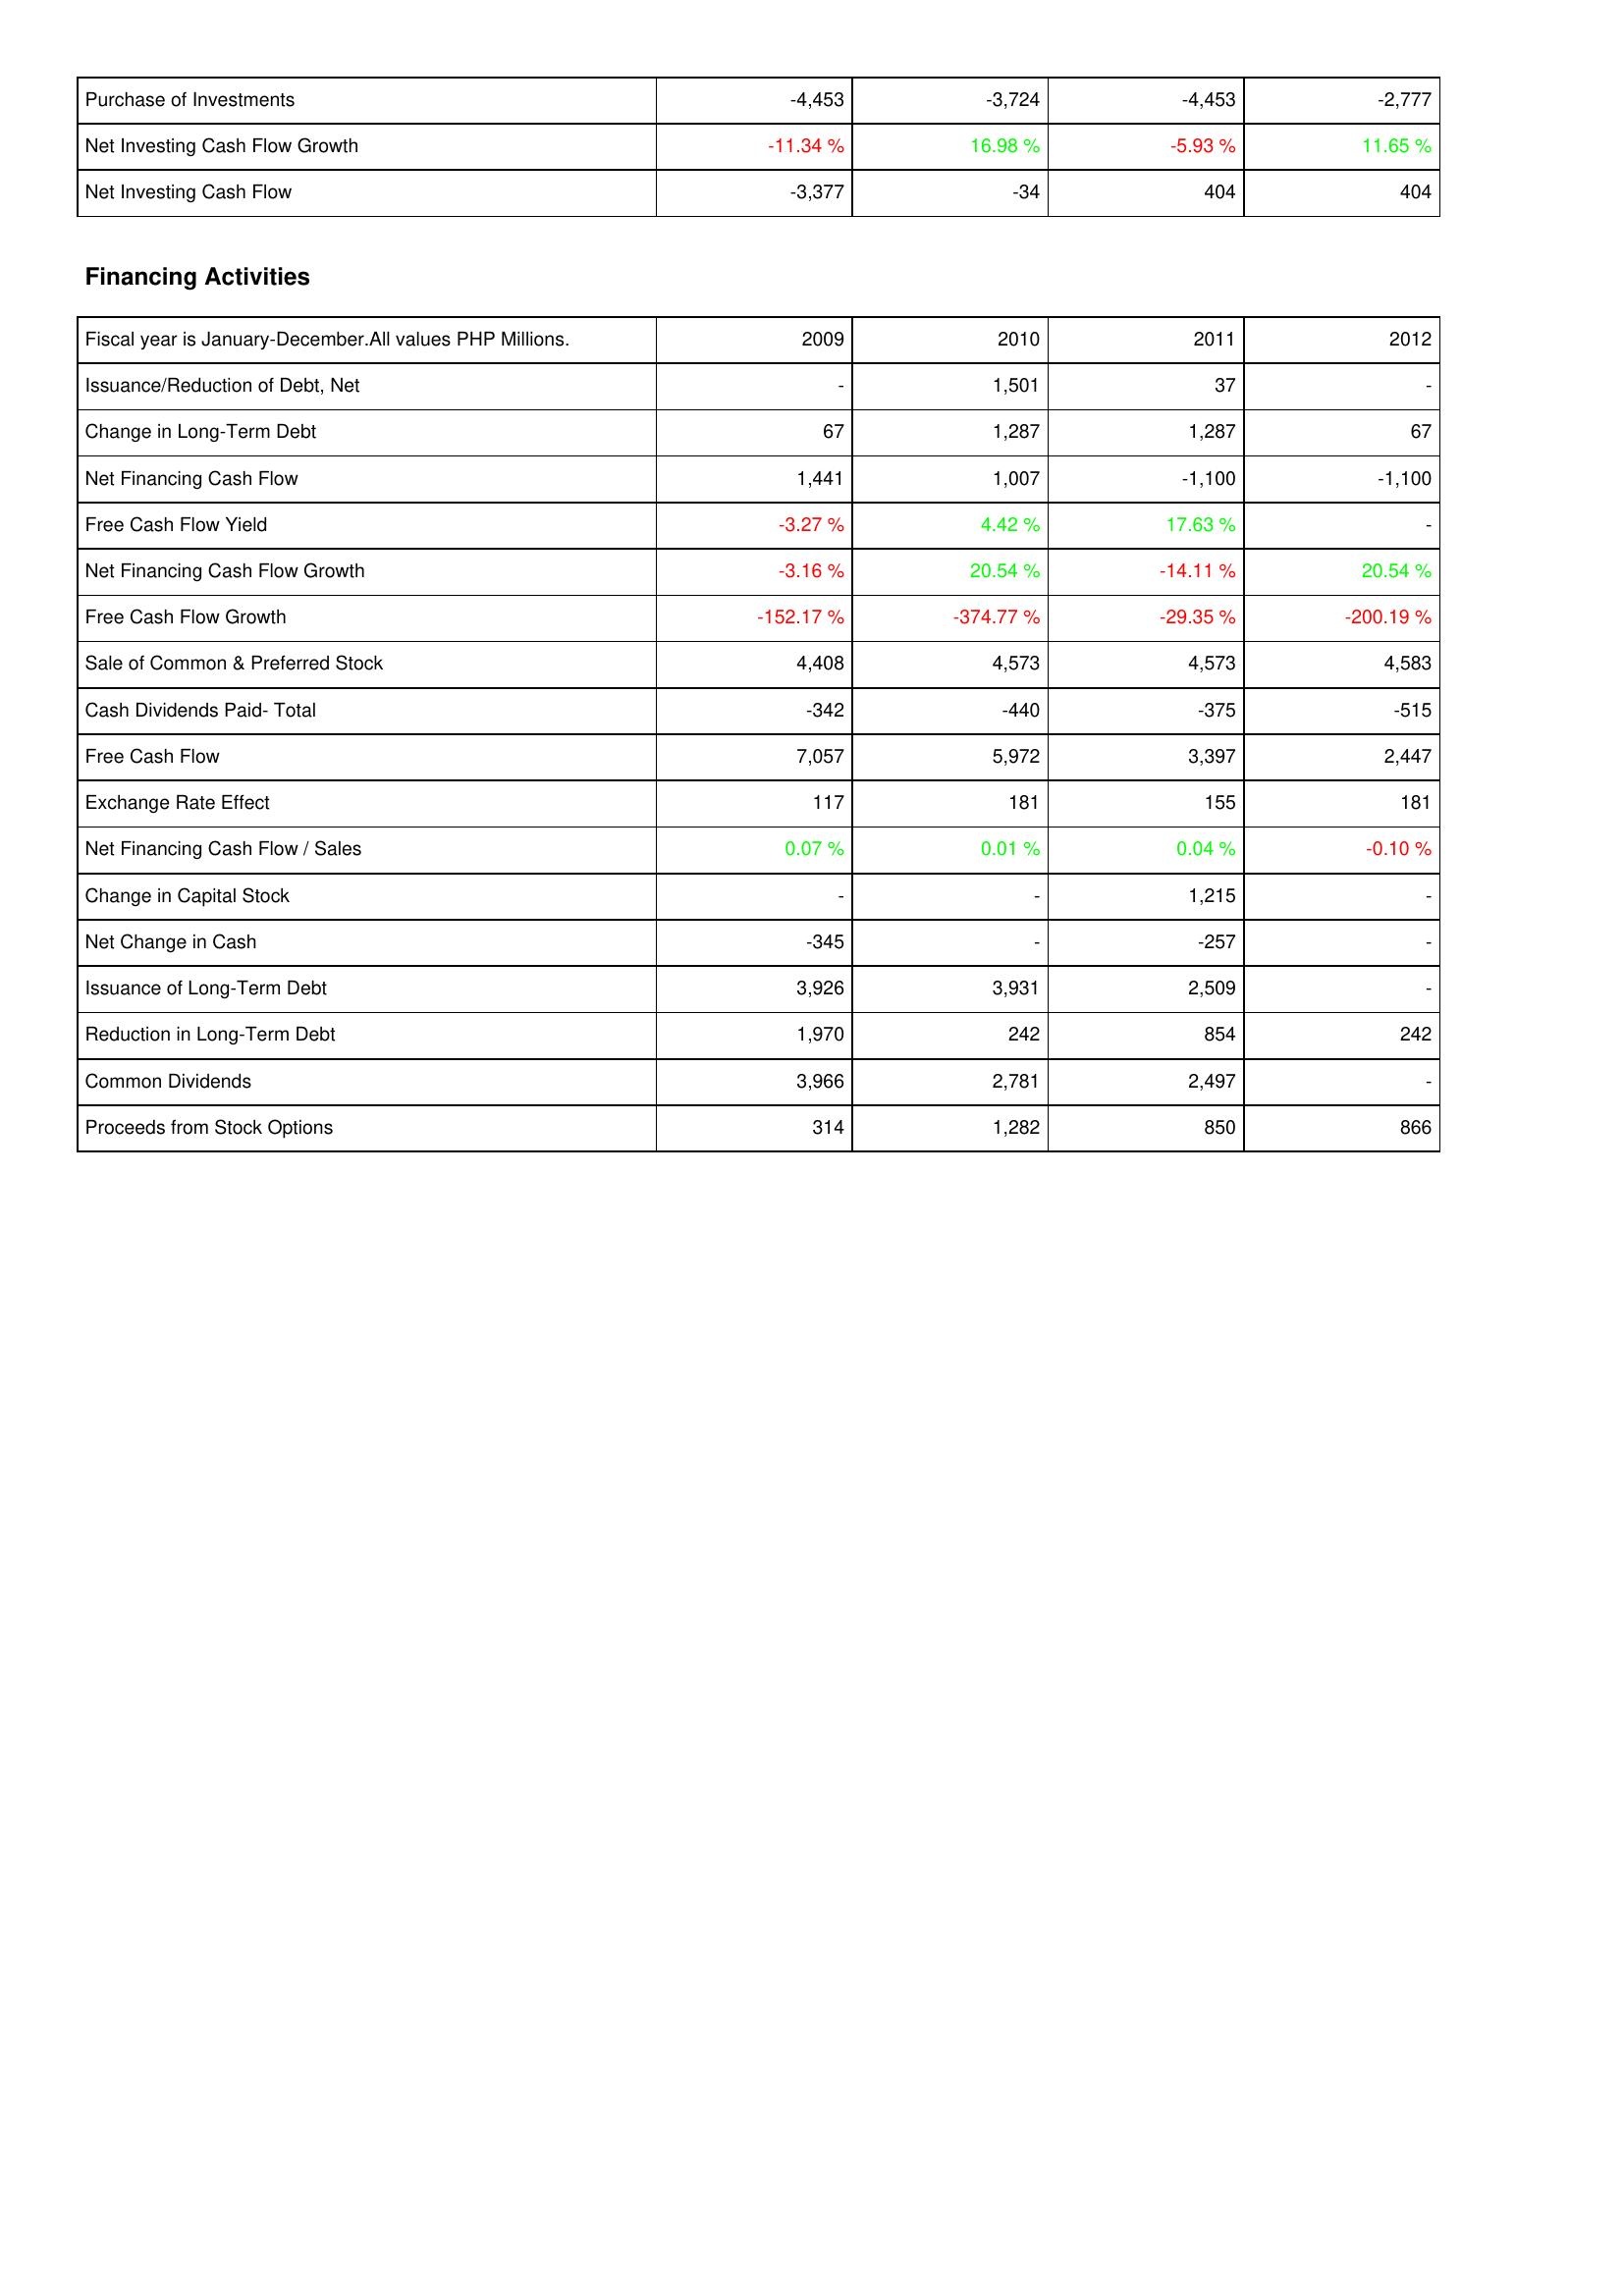
2009: Investing Activities: Purchase of Investments: -4,453
Net Investing Cash Flow Growth: -11.34 %
Net Investing Cash Flow: -3,377
Financing Activities: Issuance/Reduction of Debt, Net: -
Change in Long-Term Debt: 67
Net Financing Cash Flow: 1,441
Free Cash Flow Yield: -3.27 %
Net Financing Cash Flow Growth: -3.16 %
Free Cash Flow Growth: -152.17 %
Sale of Common & Preferred Stock: 4,408
Cash Dividends Paid- Total: -342
Free Cash Flow: 7,057
Exchange Rate Effect: 117
Net Financing Cash Flow / Sales: 0.07 %
Change in Capital Stock: -
Net Change in Cash: -345
Issuance of Long-Term Debt: 3,926
Reduction in Long-Term Debt: 1,970
Common Dividends: 3,966
Proceeds from Stock Options: 314
2010: Investing Activities: Purchase of Investments: -3,724
Net Investing Cash Flow Growth: 16.98 %
Net Investing Cash Flow: -34
Financing Activities: Issuance/Reduction of Debt, Net: 1,501
Change in Long-Term Debt: 1,287
Net Financing Cash Flow: 1,007
Free Cash Flow Yield: 4.42 %
Net Financing Cash Flow Growth: 20.54 %
Free Cash Flow Growth: -374.77 %
Sale of Common & Preferred Stock: 4,573
Cash Dividends Paid- Total: -440
Free Cash Flow: 5,972
Exchange Rate Effect: 181
Net Financing Cash Flow / Sales: 0.01 %
Change in Capital Stock: -
Net Change in Cash: -
Issuance of Long-Term Debt: 3,931
Reduction in Long-Term Debt: 242
Common Dividends: 2,781
Proceeds from Stock Options: 1,282
2011: Investing Activities: Purchase of Investments: -4,453
Net Investing Cash Flow Growth: -5.93 %
Net Investing Cash Flow: 404
Financing Activities: Issuance/Reduction of Debt, Net: 37
Change in Long-Term Debt: 1,287
Net Financing Cash Flow: -1,100
Free Cash Flow Yield: 17.63 %
Net Financing Cash Flow Growth: -14.11 %
Free Cash Flow Growth: -29.35 %
Sale of Common & Preferred Stock: 4,573
Cash Dividends Paid- Total: -375
Free Cash Flow: 3,397
Exchange Rate Effect: 155
Net Financing Cash Flow / Sales: 0.04 %
Change in Capital Stock: 1,215
Net Change in Cash: -257
Issuance of Long-Term Debt: 2,509
Reduction in Long-Term Debt: 854
Common Dividends: 2,497
Proceeds from Stock Options: 850
2012: Investing Activities: Purchase of Investments: -2,777
Net Investing Cash Flow Growth: 11.65 %
Net Investing Cash Flow: 404
Financing Activities: Issuance/Reduction of Debt, Net: -
Change in Long-Term Debt: 67
Net Financing Cash Flow: -1,100
Free Cash Flow Yield: -
Net Financing Cash Flow Growth: 20.54 %
Free Cash Flow Growth: -200.19 %
Sale of Common & Preferred Stock: 4,583
Cash Dividends Paid- Total: -515
Free Cash Flow: 2,447
Exchange Rate Effect: 181
Net Financing Cash Flow / Sales: -0.10 %
Change in Capital Stock: -
Net Change in Cash: -
Issuance of Long-Term Debt: -
Reduction in Long-Term Debt: 242
Common Dividends: -
Proceeds from Stock Options: 866